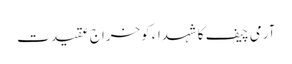
آرمی چیف کا شہداء کوخراج عقیدت